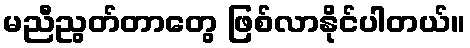
မညီညွတ်တာတွေ ဖြစ်လာနိုင်ပါတယ်။